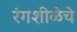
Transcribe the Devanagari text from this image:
रंगशीळेचे